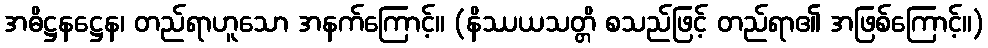
အဓိဋ္ဌနဋ္ဌေန၊ တည်ရာဟူသော အနက်ကြောင့်။ (နိဿယသတ္တိ စသည်ဖြင့် တည်ရာ၏ အဖြစ်ကြောင့်။)